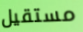
مستقيل